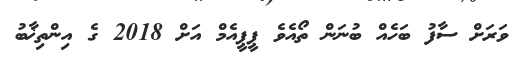
ވަރަށް ސާފު ބަހެއް ބުނަން ތޯއެވެ ޕީޕީއެމް އަށް 2018 ގެ އިންތިޚާބު